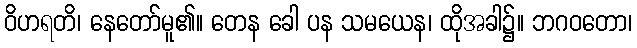
ဝိဟရတိ၊ နေတော်မူ၏။ တေန ခေါ ပန သမယေန၊ ထိုအခါ၌။ ဘဂဝတော၊